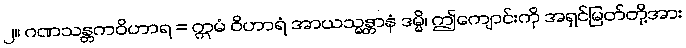
၂။ ဂဏသန္တကဝိဟာရ = ဣမံ ဝိဟာရံ အာယသ္မန္တာနံ ဒမ္မိ၊ ဤကျောင်းကို အရှင်မြတ်တို့အား